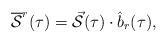
LaTeX: \begin{align*}\overline{\cal S}^r(\tau)=\vec{\cal S}(\tau)\cdot\hat{b}_r(\tau), \end{align*}